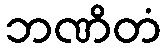
ဘဏိတံ